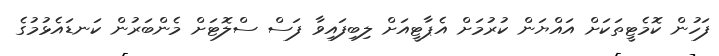
ފަހުން ކޮމެޓީތަކަށް އައްޔަން ކުރުމަށް އެޕާޓީއަށް ލިބިފައިވާ ފަސް ސްލޮޓަށް މެންބަރުން ކަނޑައެޅުމުގެ